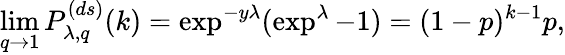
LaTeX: \operatorname*{lim}_{q\to 1}P_{\lambda,q}^{(ds)}(k)=\exp^{-y\lambda}(\exp^{\lambda}-1)=(1-p)^{k-1}p,